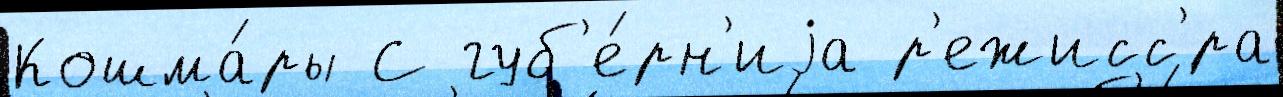
Кошма́ры С губ'е́рн'иjа р'ежисс'́ра